Vaccination in Bombay 1874-1876 - 1874-1876
Year: 1874
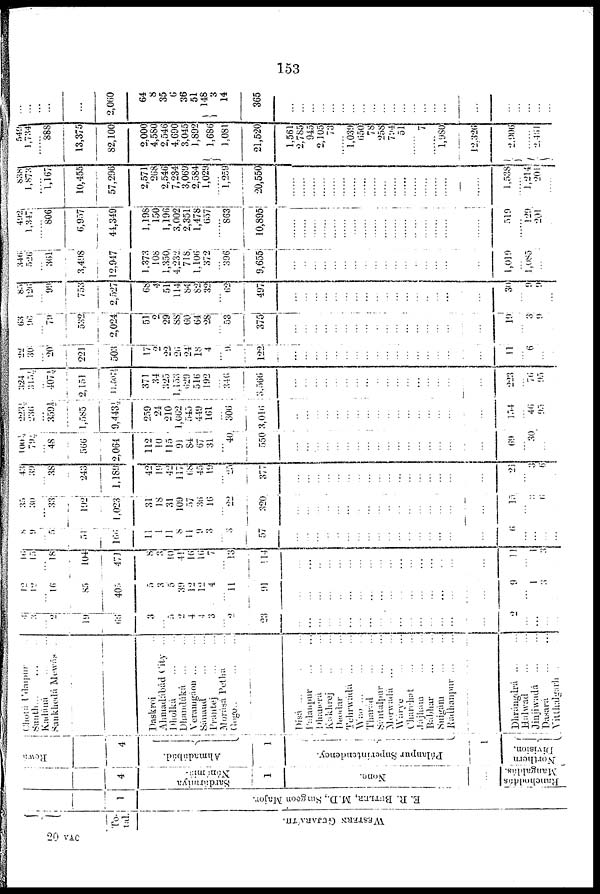
153
To¬
tal.
WESTERN GUJARÁTH.
1
E. R. BUTLER, M.D., surgeon Major.
4
Sardámiya
Nánámia.
1
None.
...
Rewá
Chotá Udaipur ...
Sunth ... ... ...
Kadáná ... ...
Sankhedá Mewás ...
4
Ahmadábád.
Daskroi ...
Ahmadábád City ...
Dholká
...
...
Dhandúká ... ...
Veramgáon ... ...
Sáuand ... ...
Prántej
...
...
Morásá Petha ...
Gogo
...
...
...
1
Pálanpur Superintendency.
1
Ranchoddás
Mangaldás
Northern
Division.
Dísá
...
...
...
Palanpur ... ...
Dhanerá ... ...
Kakhrej ... ...
Deodar
...
...
Tehrwádá ... ...
Wáo ... ... ...
Tharàd
...
...
Sántalpur ... ...
Morwada ... ...
Wárye ... ...
Charchat
...
...
Jájham ... ...
Bábhar ... ...
Suigám ... ...
Radhanpur ... ...
Dhrángdrá
...
...
Hálwad
...
...
Jinjiwadá ... ...
Dasará
...
...
Vitthalgarh ... ...
4
3
...
2
19
66
3
...
5
2
4
4
3
...
2
23
...
...
...
...
...
...
...
...
...
...
...
...
...
...
...
...
...
2
...
...
...
...
12
12
...
16
85
405
5
3
5
39
12
12
4
...
11
91
...
...
...
...
...
...
...
...
...
...
...
...
...
...
...
...
...
9
...
1
3
...
16
15
...
18
104
471
8
3
10
41
16
16
7
...
13
114
...
...
...
...
...
...
...
...
...
...
...
...
...
...
...
...
...
11
...
1
3
...
8
9
...
5
51
166
11
1
11
8
11
9
3
...
...
57
...
...
...
...
...
...
...
...
...
...
...
...
...
...
...
...
...
6
...
...
...
...
35
30
...
33
192
1,023
31
18
31
109
57
36
16
...
22
320
...
...
...
...
...
...
...
...
...
...
...
...
...
...
...
...
...
15
...
3
6
...
43
39
...
38
243
1,189
42
19
42
117
68
45
19
...
25
377
...
...
...
...
...
...
...
...
...
...
...
...
...
...
...
...
...
21
...
3
6
...
100½
79½
...
48
566
2,064
112
10
115
91
84
67
31
...
40
550
...
...
...
...
...
...
...
...
...
...
...
...
...
...
...
...
...
69
...
30
...
...
223½
236
...
359½
1,585
9,443½
259
24
210
1,062
545
449
161
...
306
3,016
...
...
...
...
...
...
...
...
...
...
...
...
...
...
...
...
...
154
...
46
95
...
324
315½
...
407½
2,151
11,507½
371
34
325
1,153
629
516
192
...
346
3,566
...
...
...
...
...
...
...
...
...
...
...
...
...
...
...
...
...
223
...
76
95
...
22
30
...
20
221
503
17 2
22
20
24
18
4
...
9
122
...
...
...
...
...
...
...
...
...
...
...
...
...
...
...
...
...
11
...
6
...
...
63
96
...
79
532
2,024
51
2
29
88
60
64
28
...
53
375
...
...
...
...
...
...
...
...
...
...
...
...
...
...
...
...
...
19
...
3
9
...
85
126
...
99
753
2,527
68
4
51
114
84
82
32
...
62
497
...
...
...
...
...
...
...
...
...
...
...
...
...
...
...
...
...
30
...
9
9
...
346
526
...
361
3,498
12,947
1,373
108
1,350
4,232
718
1,106
372
...
396
9,655
...
...
...
...
...
...
...
...
...
...
...
...
...
...
...
...
...
1,019
...
1,085
...
...
492
1,347
...
806
6,957
44,349
1,198
150
1,196
3,002
2,351
1,478
657
...
863
10,895
...
...
...
......
......
......
......
......
......
......
......
......
......
......
519
...
129
201
...
838
1,873
...
1,167
10,455
57,296
2,571
268
2,546
7,234
3,069
2,584
1,029
1,259
20,550
...
...
...
......
......
......
......
......
......
......
...
......
......
......
......
......
......
1,538
1,214
201
549
1,734
...
888
13,375
82,100
2,000
4,580
2,546
4,690
3,045
1,892
1,686
1,081
21,520
1,561
2,785
945
2,105
73
......
1,039
650
78
258
794
51
......
7
......
......
12,326
2,906
......
2,461
...
...
...
...
...
2,060
64
8
35
6
36
51
148
3
14
365
...
...
...
...
...
...
...
...
...
...
...
...
...
...
...
...
...
...
...
...
...
...
20 VAC